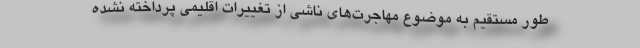
طور مستقیم به موضوع مهاجرت‌های ناشی از تغییرات اقلیمی پرداخته نشده